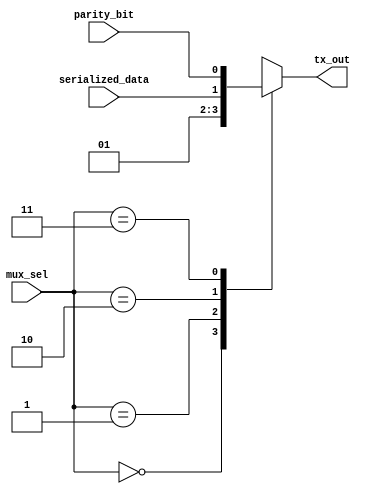
module mux #(parameter width=2)(
input [width-1:0]mux_sel,
input parity_bit,
input serialized_data,
output reg tx_out
);

always @(*) begin
    case (mux_sel)
        2'b00:tx_out=1'b0;
        2'b01:tx_out=1'b1;
        2'b10:tx_out=serialized_data;
        2'b11:tx_out=parity_bit;
    endcase
end
endmodule